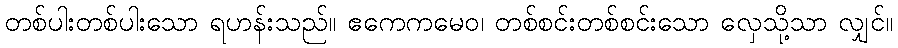
တစ်ပါးတစ်ပါးသော ရဟန်းသည်။ ဧကေကမေဝ၊ တစ်စင်းတစ်စင်းသော လှေသို့သာ လျှင်။